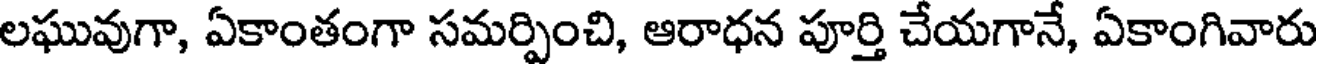
లఘువుగా, ఏకాంతంగా సమర్పించి, ఆరాధన పూర్తి చేయగానే, ఏకాంగివారు